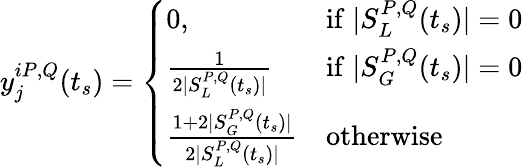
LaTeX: y_{j}^{iP,Q}(t_{s})=\left\{ \begin{array}{ll}{0,}&{\mathrm{if}\; |S_{L}^{P,Q}(t_{s})|=0}\\ {\frac{1}{2|S_{L}^{P,Q}(t_{s})|}}&{\mathrm{if}\; |S_{G}^{P,Q}(t_{s})|=0}\\ {\frac{1+2|S_{G}^{P,Q}(t_{s})|}{2|S_{L}^{P,Q}(t_{s})|}}&{\mathrm{otherwise}}\end{array}\right.